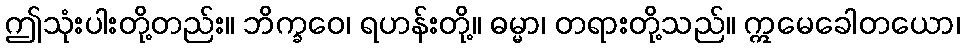
ဤသုံးပါးတို့တည်း။ ဘိက္ခဝေ၊ ရဟန်းတို့။ ဓမ္မာ၊ တရားတို့သည်။ ဣမေခေါတယော၊